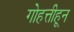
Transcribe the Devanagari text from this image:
गोहत्तीहून